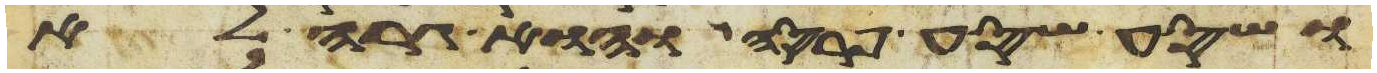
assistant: ושסע שסע פרסה והוא גרה לא